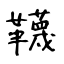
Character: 韈